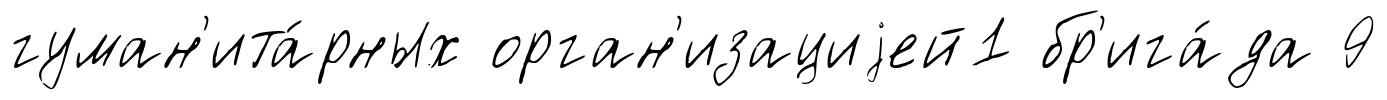
гуман'ита́рных орган'изациjей1 бр'ига́да 9